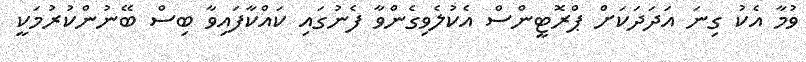
ވުމާ އެކު ގިނަ އަދަަދަކަށް ޕްރޮޓީންސް އެކުލެވިގެންވާ ފެނުގައި ކައްކާފައިވާ ބިސް ބޭނުންކުުރުމަކީ